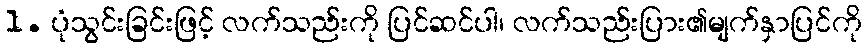
1. ပုံသွင်းခြင်းဖြင့် လက်သည်းကို ပြင်ဆင်ပါ၊ လက်သည်းပြား၏မျက်နှာပြင်ကို